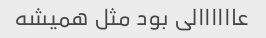
عاااااالی بود مثل همیشه